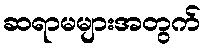
ဆရာမများအတွက်